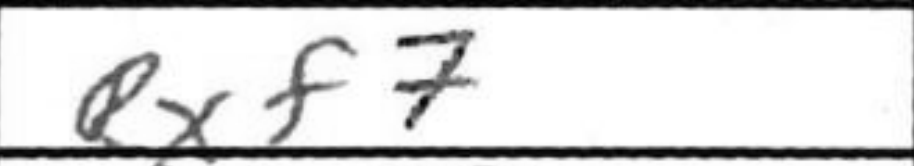
Transcription: Rxf7